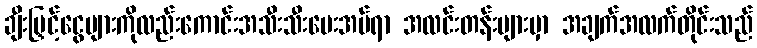
ချီးမြှင့်ငွေများကိုလည်းကောင်းအသီးသီးပေးအပ်ရာ အလင်းတန်းများမှာ အချက်အလက်တိုင်းသည်